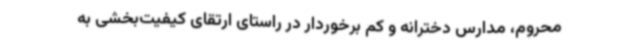
محروم، مدارس دخترانه و کم برخوردار در راستای ارتقای کیفیت‌بخشی به